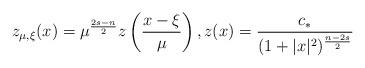
LaTeX: \begin{align*} z_{\mu,\xi}(x)=\mu^{\frac{2s-n}{2}}z\left(\frac{x-\xi}{\mu}\right),z(x)=\frac{c_*}{(1+|x|^2)^{\frac{n-2s}{2}}}\end{align*}